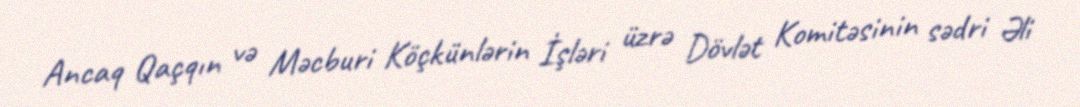
Ancaq Qaçqın və Məcburi Köçkünlərin İşləri üzrə Dövlət Komitəsinin sədri Əli